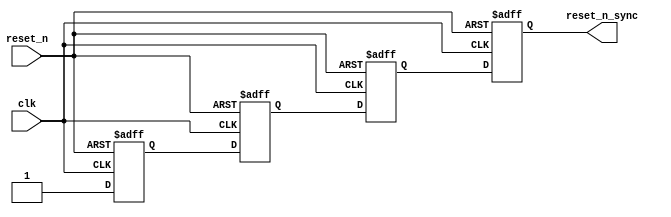
module reset_sync_4(
	reset_n,
	clk,
	reset_n_sync
);
parameter RESET_SYNC_STAGES = 4;
parameter NUM_RESET_OUTPUT = 1;
input	reset_n;
input	clk;
output	[NUM_RESET_OUTPUT-1:0] reset_n_sync;
(* altera_attribute = {"-name SYNCHRONIZER_IDENTIFICATION FORCED_IF_ASYNCHRONOUS; -name GLOBAL_SIGNAL OFF"}*) reg	[RESET_SYNC_STAGES+NUM_RESET_OUTPUT-2:0] reset_reg ;
generate
genvar i;
	for (i=0; i<RESET_SYNC_STAGES+NUM_RESET_OUTPUT-1; i=i+1)
	begin: reset_stage
		always @(posedge clk or negedge reset_n)
		begin
			if (~reset_n)
				reset_reg[i] <= 1'b0;
			else
			begin
				if (i==0)
					reset_reg[i] <= 1'b1;
				else if (i < RESET_SYNC_STAGES)
					reset_reg[i] <= reset_reg[i-1];
				else
					reset_reg[i] <= reset_reg[RESET_SYNC_STAGES-2];
			end
		end
	end
endgenerate
	assign reset_n_sync = reset_reg[RESET_SYNC_STAGES+NUM_RESET_OUTPUT-2:RESET_SYNC_STAGES-1];
endmodule